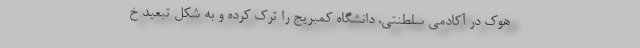
هوک در آکادمی سلطنتی، دانشگاه کمبریج را ترک کرده و به شکل تبعید خ